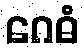
ဂေဓံ